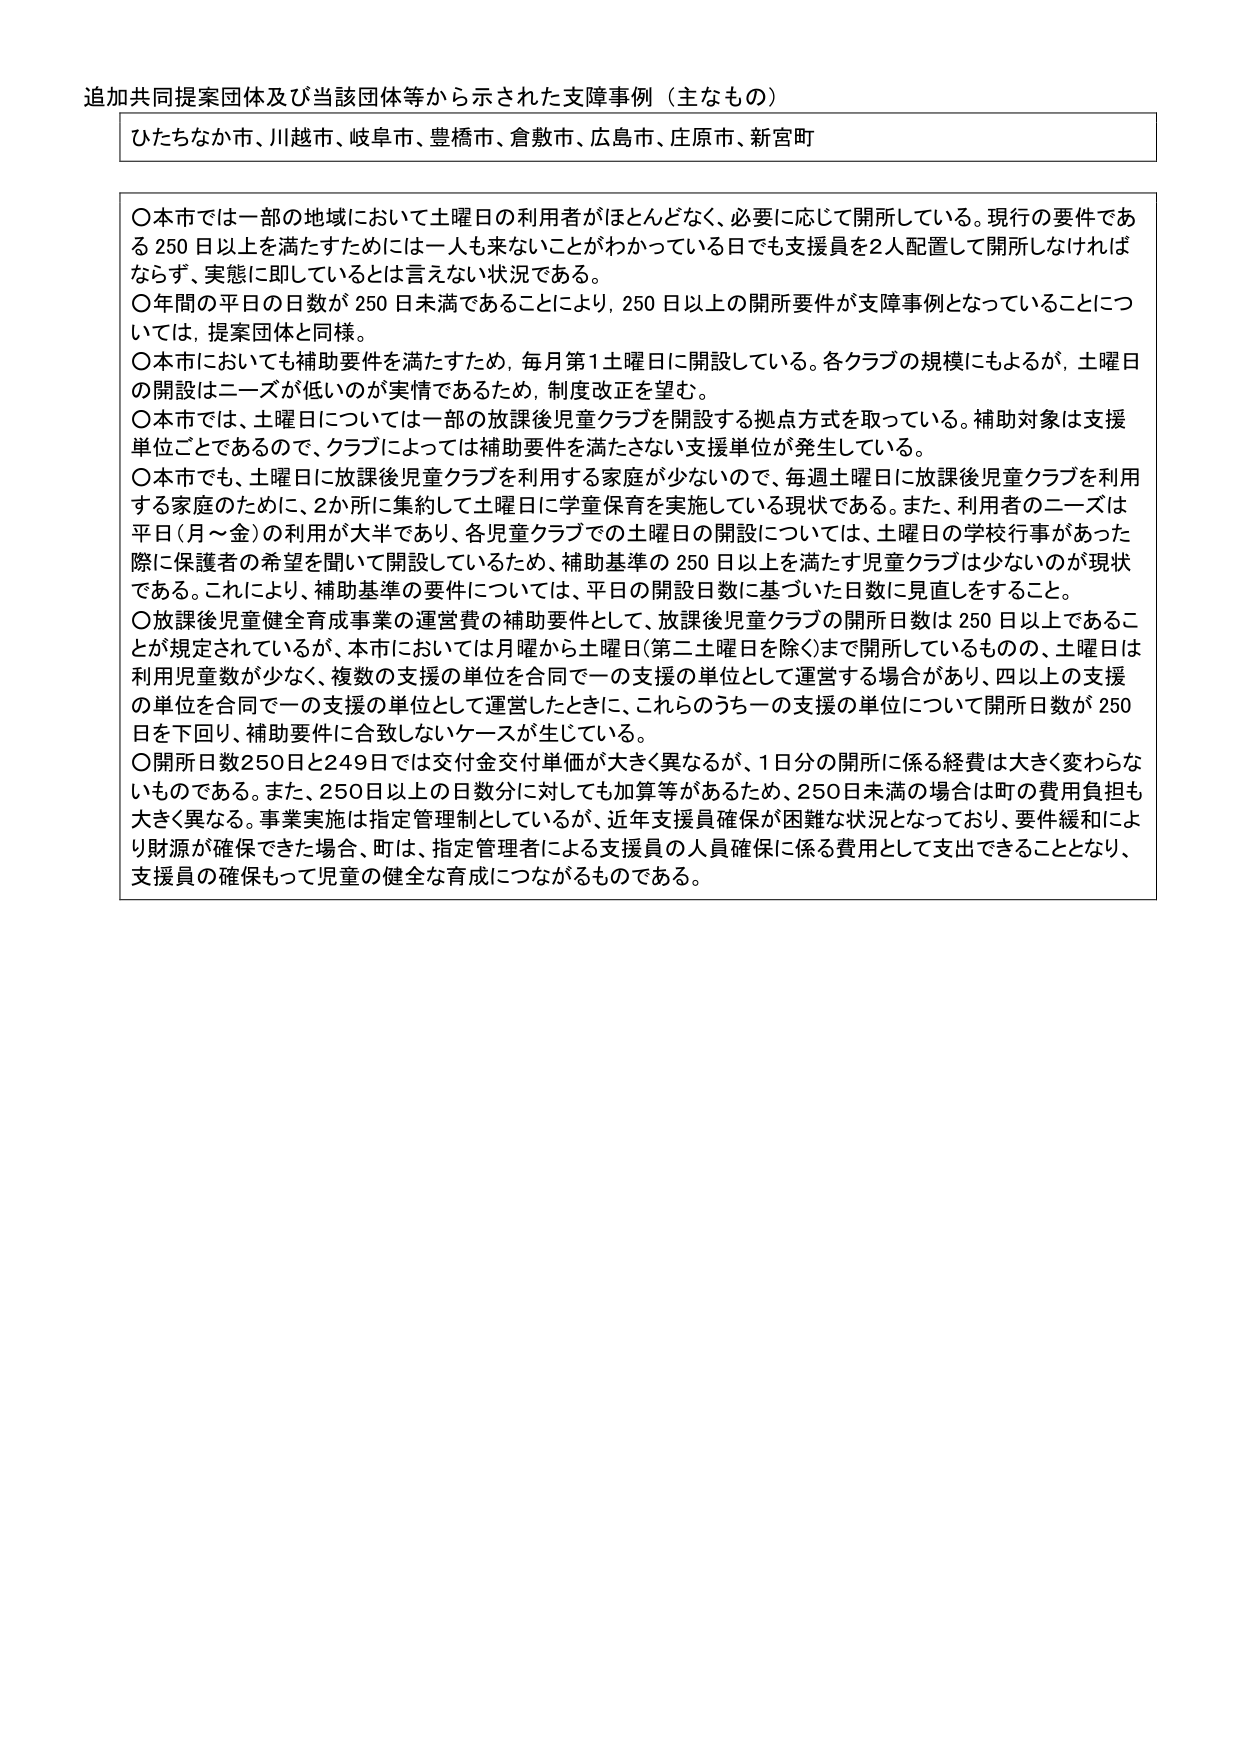
追加共同提案団体及び当該団体等から示された支障事例（主なもの）

ひたちなか市、川越市、岐阜市、豊橋市、倉敷市、広島市、庄原市、新宮町

〇本市では一部の地域において土曜日の利用者がほとんどなく、必要に応じて開所している。現行の要件である250日以上を満たすためには一人も来ないことがわかっている日でも支援員を2人配置して開所しなければならず、実態に即しているとは言えない状況である。
〇年間の平日の日数が250日未満であることにより、250日以上の開所要件が支障事例となっていることについては、提案団体と同様。
〇本市においても補助要件を満たすため、毎月第1土曜日に開設している。各クラブの規模にもよるが、土曜日の開設はニーズが低いのが実情であるため、制度改正を望む。
〇本市では、土曜日については一部の放課後児童クラブを開設する拠点方式を取っている。補助対象は支援単位ごとであるので、クラブによっては補助要件を満たさない支援単位が発生している。
〇本市でも、土曜日に放課後児童クラブを利用する家庭が少ないので、毎週土曜日に放課後児童クラブを利用する家庭のために、2か所に集約して土曜日に学童保育を実施している現状である。また、利用者のニーズは平日（月～金）の利用が大半であり、各児童クラブでの土曜日の開設については、土曜日の学校行事があった際に保護者の希望を聞いて開設しているため、補助基準の250日以上を満たす児童クラブは少ないのが現状である。これにより、補助基準の要件については、平日の開設日数に基づいた日数に見直しをすること。
〇放課後児童健全育成事業の運営費の補助要件として、放課後児童クラブの開所日数は250日以上であることが規定されているが、本市においては月曜から土曜日（第二土曜日を除く）まで開所しているものの、土曜日は利用児童数が少なく、複数の支援の単位を合同で一の支援の単位として運営する場合があり、四以上の支援の単位を合同で一の支援の単位として運営したときに、これらのうち一の支援の単位について開所日数が250日を下回り、補助要件に合致しないケースが生じている。
〇開所日数250日と249日では交付金交付単価が大きく異なるが、1日分の開所に係る経費は大きく変わらないものである。また、250日以上の日数分に対しても加算等があるため、250日未満の場合は町の費用負担も大きく異なる。事業実施は指定管理制としているが、近年支援員確保が困難な状況となっており、要件緩和により財源が確保できた場合、町は、指定管理者による支援員の人員確保に係る費用として支出できることとなり、支援員の確保もって児童の健全な育成につながるものである。